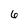
Character: 6